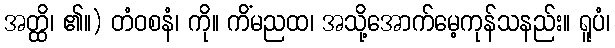
အတ္ထိ၊ ၏။) တံဝစနံ၊ ကို။ ကိံမညထ၊ အသို့အောက်မေ့ကုန်သနည်း။ ရူပံ၊